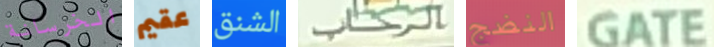
الخرسانة عقيم الشنق الرحاب النضج GATE